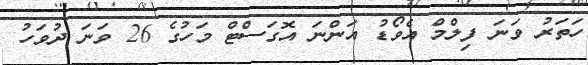
ހަތަރު ވަނަ ފިލްމްް އެވޯޑު އަންނަ އޮގަސްޓް މަހުގެ 26 ވަނަ ދުވަހު